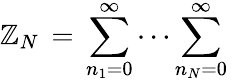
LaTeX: \mathbb{Z}_{N}\, =\, \sum_{n_{1}=0}^{\infty}\cdots\sum_{n_{N}=0}^{\infty}\,